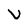
Character: V